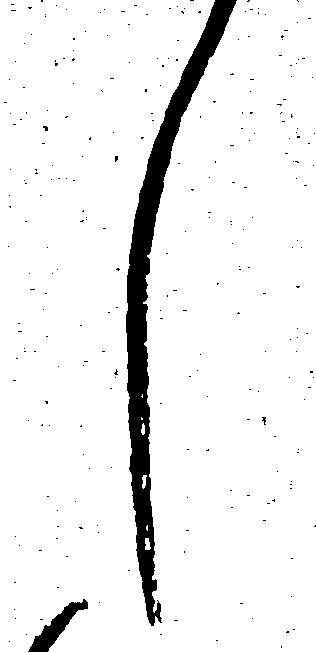
し